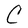
Character: C